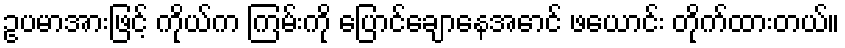
ဥပမာအားဖြင့် ကိုယ်က ကြမ်းကို ပြောင်ချောနေအောင် ဖယောင်း တိုက်ထားတယ်။